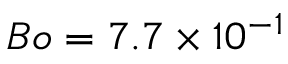
B o = 7 . 7 \times 1 0 ^ { - 1 }